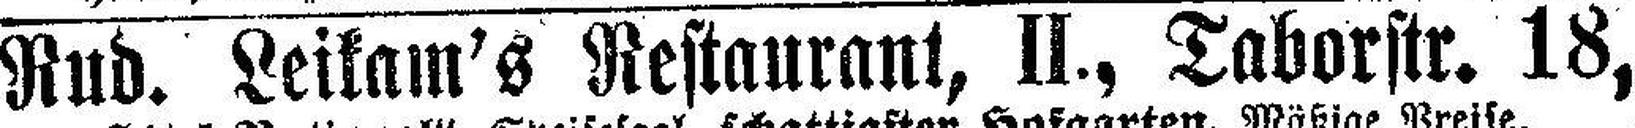
Rud. Leikam's Restaurant, II., Taborstr. 18,